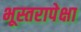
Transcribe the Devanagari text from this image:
भूस्तरापेक्षा